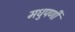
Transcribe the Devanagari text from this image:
मधुपर्णी